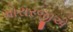
મોરારજીએ